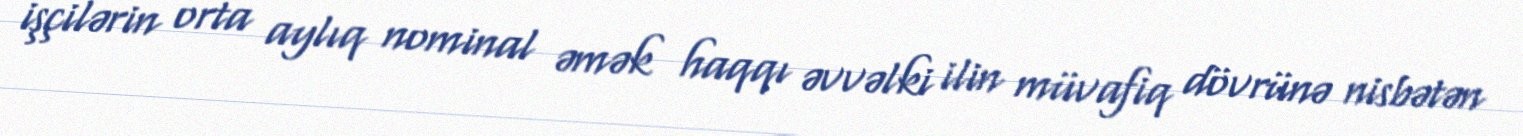
işçilərin orta aylıq nominal əmək haqqı əvvəlki ilin müvafiq dövrünə nisbətən